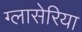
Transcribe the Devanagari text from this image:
ग्लासेरिया